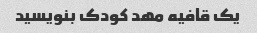
یک قافیه مهد کودک بنویسید